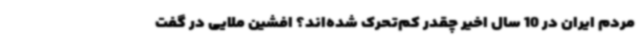
مردم ایران در 10 سال اخیر چقدر کم‌تحرک شده‌اند؟ افشین ملایی در گفت